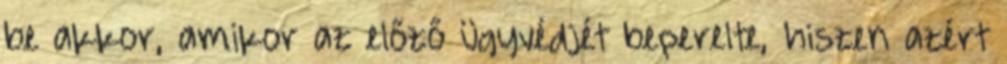
be akkor, amikor az előző ügyvédjét beperelte, hiszen azért